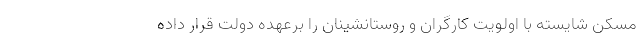
مسکن شایسته با اولویت کارگران و روستانشینان را برعهده دولت قرار داده